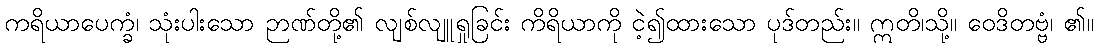
ကရိယာပေက္ခံ၊ သုံးပါးသော ဉာဏ်တို့၏ လျစ်လျူရှုခြင်း ကိရိယာကို ငဲ့၍ထားသော ပုဒ်တည်း။ ဣတိ၊သို့။ ဝေဒိတဗ္ဗံ၊ ၏။